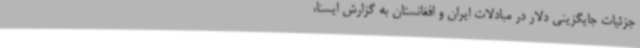
جزئیات جایگزینی دلار در مبادلات ایران و افغانستان به گزارش ایسنا،